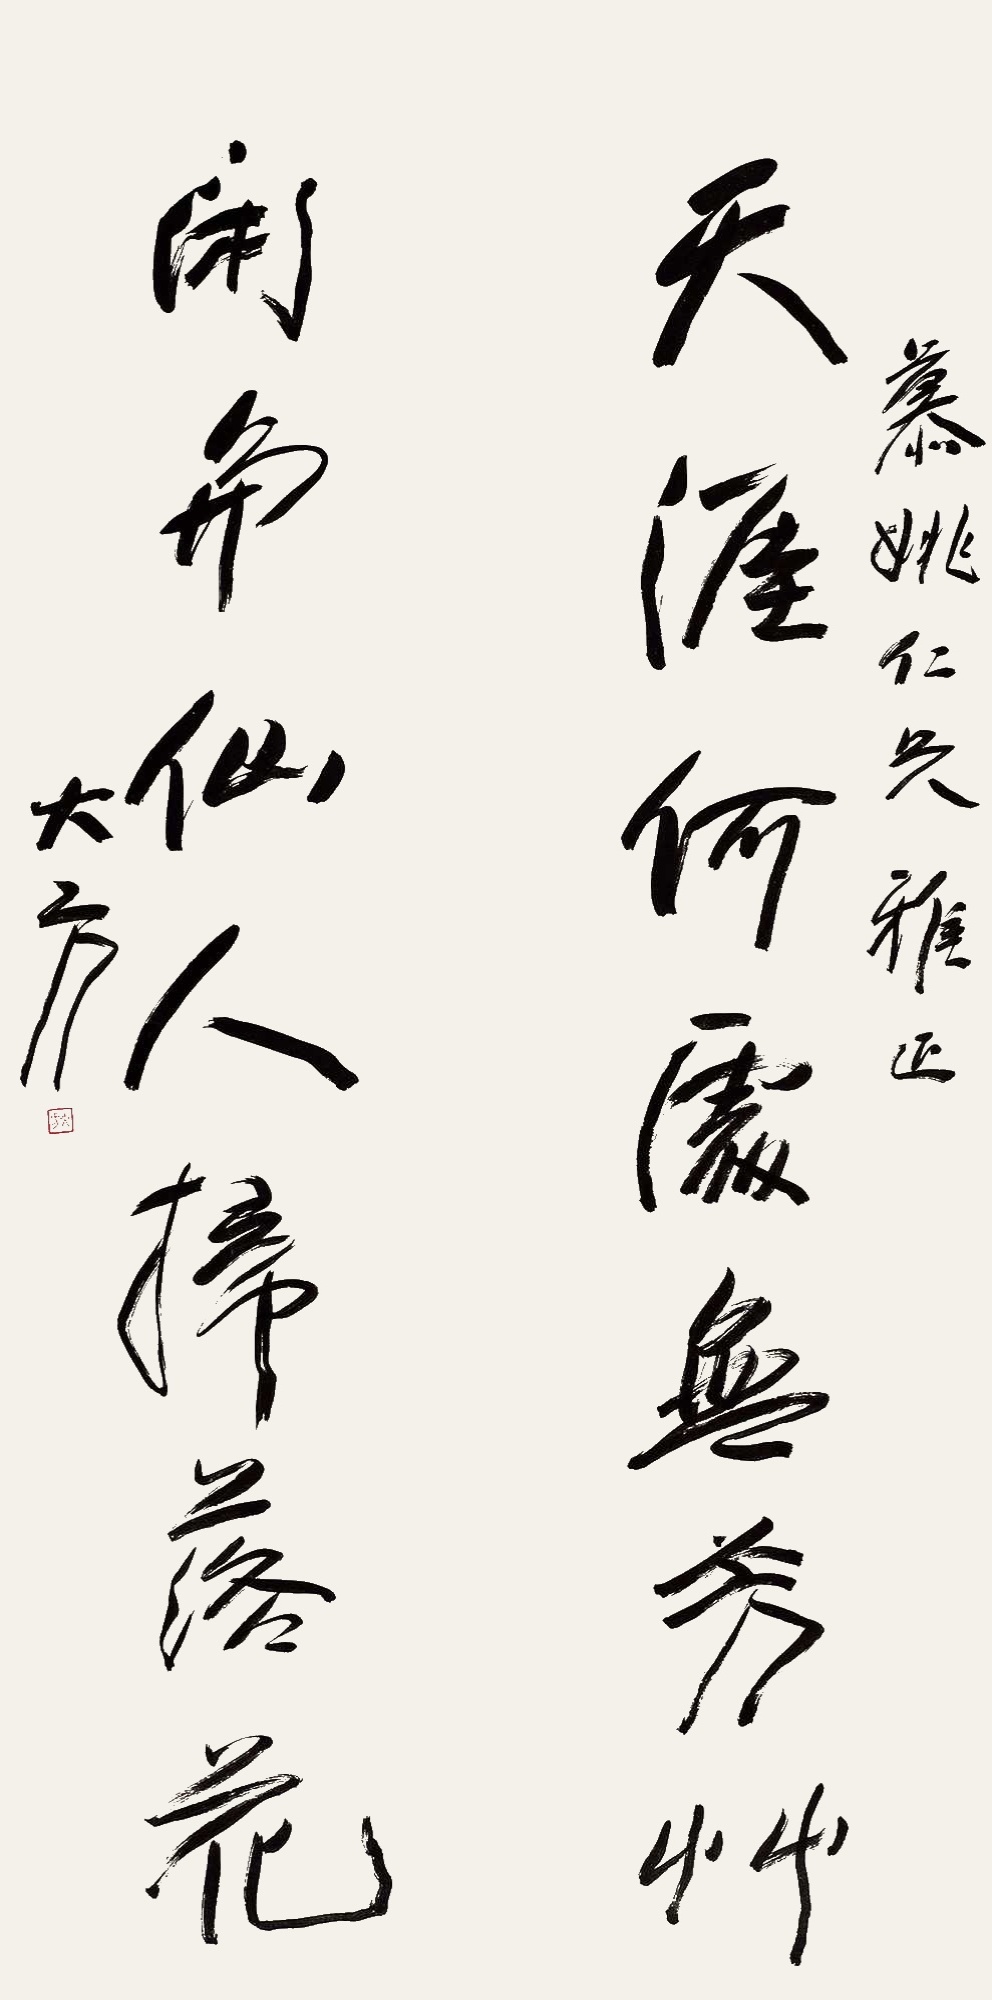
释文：天涯何处无芳草，闲与仙人扫落花。慕姚仁兄雅正。大方。